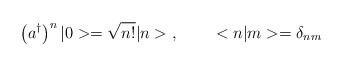
\begin{align*}\left( a^\dagger \right)^n |0>=\sqrt{n!}|n>\; , \;\;\;\;\;\;\;\;<n|m>=\delta_{nm}\end{align*}